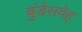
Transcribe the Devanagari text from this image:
बुंडेसवेह्